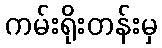
ကမ်းရိုးတန်းမှ